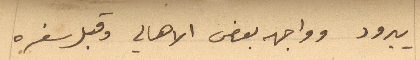
يبرود وواجهه بعض الاهالي وقبل سفره